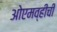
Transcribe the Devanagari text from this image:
ओएमव्हीची